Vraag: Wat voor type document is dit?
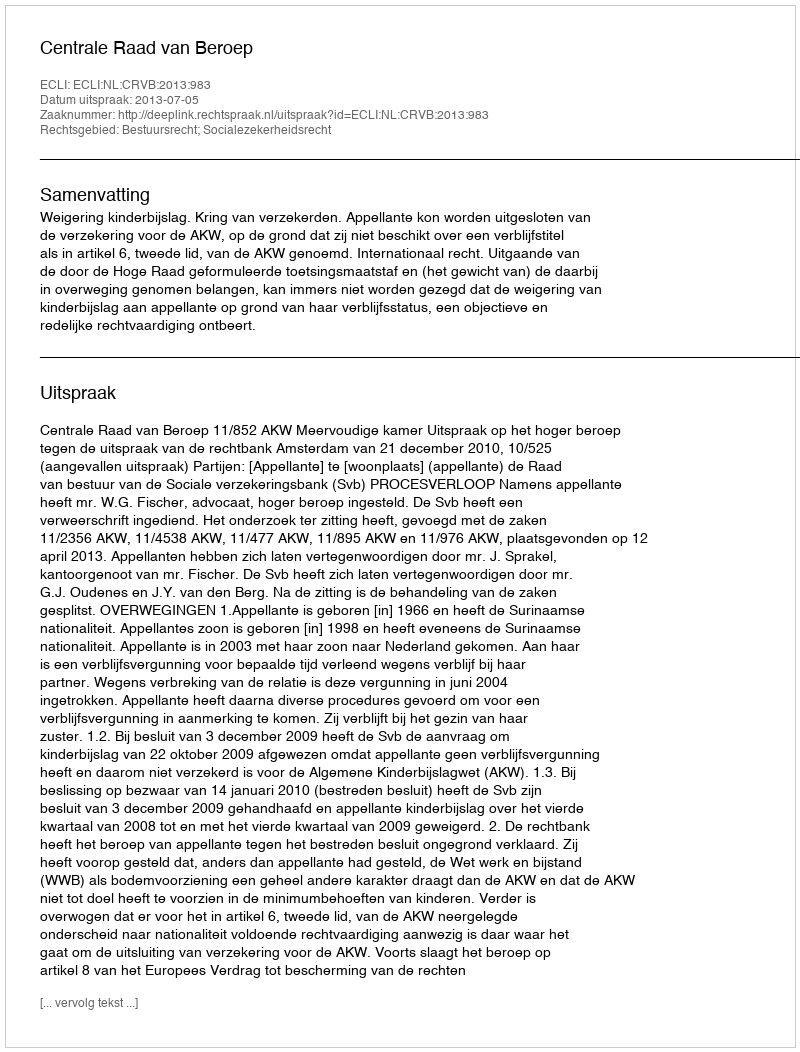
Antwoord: Uitspraak